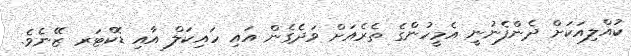
ކުއްލިއަކަށް ދެންފެނުނީ އެމީހުންގެ ތެރެއަށް ވަދެގެން އައި ހައިކަލް އާއި ޑޮކްޓަރ ޒޭނެވެ.